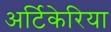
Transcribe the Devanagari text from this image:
अर्टिकेरिया